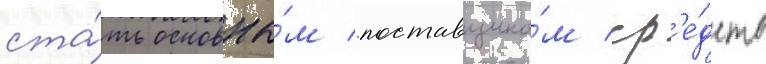
ста́ть основны́м поставщико́м ср'е́дств